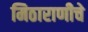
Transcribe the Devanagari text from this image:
मिठाराणीचे